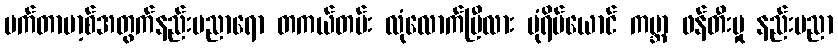
မက်တာဗာ့စ်အတွက်နည်းပညာရော တကယ်တမ်း လုံလောက်ပြီလား ပုံရိပ်ယောင် ကမ္ဘာ ဖန်တီးမှု နည်းပညာ